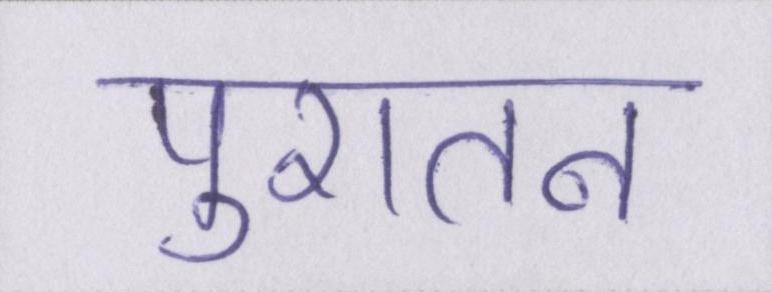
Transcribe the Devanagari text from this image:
पुरातन